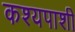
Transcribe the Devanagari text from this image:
कश्यपाशी